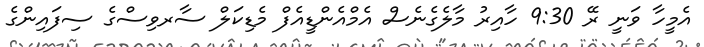
އެމީހާ ވަނީ ރޭ 9:30 ހާއިރު މާލެގެނެސް އެމްއެންޑީއެފް މެޑިކަލް ސާރވިސްގެ ސިފައިންގެ